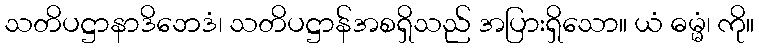
သတိပဋ္ဌာနာဒိဘေဒံ၊ သတိပဋ္ဌာန်အစရှိသည် အပြားရှိသော။ ယံ ဓမ္မံ၊ ကို။